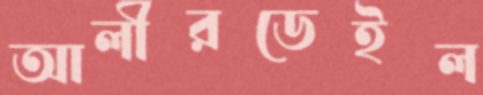
আলীরডেইল